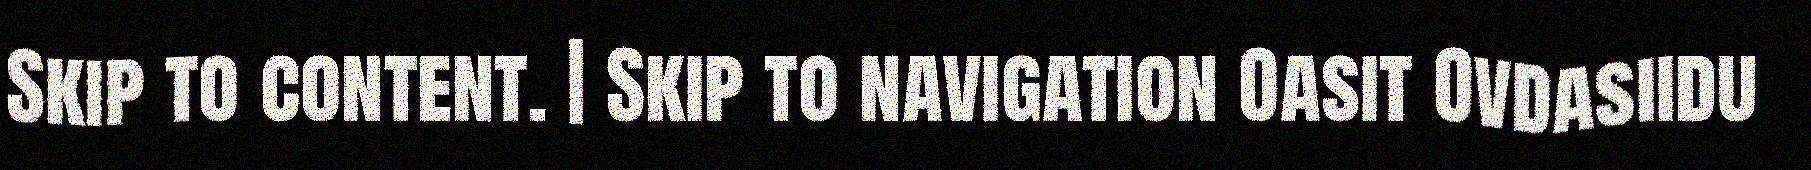
Skip to content. | Skip to navigation Oasit Ovdasiidu